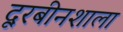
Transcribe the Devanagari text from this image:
दूरबीनशाला